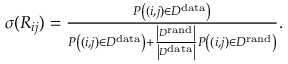
\begin{array} { r } { \sigma ( R _ { i j } ) = \frac { P \left( ( i , j ) \in { \cal D } ^ { \mathrm { d a t a } } \right) } { P \left( ( i , j ) \in { \cal D } ^ { \mathrm { d a t a } } \right) + \frac { \left| { \cal D } ^ { \mathrm { r a n d } } \right| } { \left| { \cal D } ^ { \mathrm { d a t a } } \right| } P \left( ( i , j ) \in { \cal D } ^ { \mathrm { r a n d } } \right) } . } \end{array}